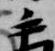
手